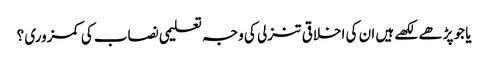
یا جو پڑھے لکھے ہیں ان کی اخلاقی تنزلی کی وجہ تعلیمی نصاب کی کمزوری ؟